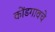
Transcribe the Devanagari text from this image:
कोंडगावचे